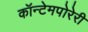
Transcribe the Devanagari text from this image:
कॉन्टेमपोरेरी